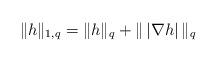
LaTeX: \begin{align*} \| h \|_{1,q} = \| h \|_q + \| \, | \nabla h | \, \|_{q} \end{align*}